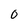
Character: 0